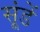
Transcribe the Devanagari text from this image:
सूंडें